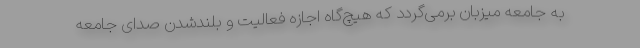
به جامعه میزبان برمی‌گردد که هیچ‌گاه اجازه فعالیت و بلندشدن صدای جامعه